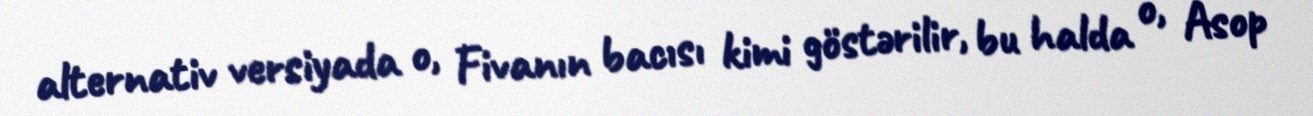
alternativ versiyada o, Fivanın bacısı kimi göstərilir, bu halda o, Asop